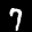
Label: 7